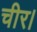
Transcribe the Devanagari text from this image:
चीर।